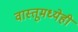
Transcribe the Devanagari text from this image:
वास्तूमध्येही